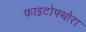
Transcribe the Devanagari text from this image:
फाइटोफ्थोरा